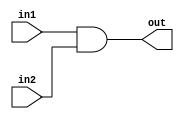
module and_32bits (in1,in2,out);
input [31:0] in1,in2;
output [31:0] out;
assign {out}=in1 &in2;
endmodule